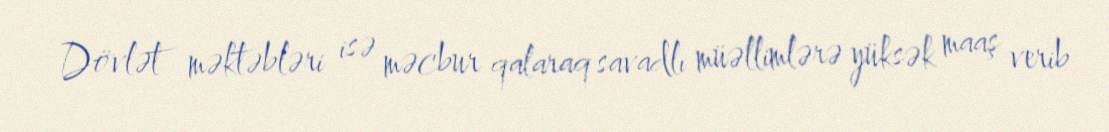
Dövlət məktəbləri isə məcbur qalaraq savadlı müəllimlərə yüksək maaş verib